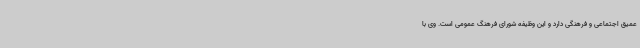
عمیق اجتماعی و فرهنگی دارد و این وظیفه شورای فرهنگ عمومی است. وی با